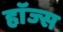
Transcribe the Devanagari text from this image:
हाॅज्स